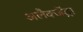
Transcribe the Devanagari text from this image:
अलैक्जेंड्रा